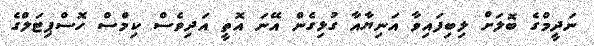
ނަދީމްގެ ބޮލަށް ލިބިފައިވާ އަނިޔާއާ ގުޅިގެން އޭނަ އޮތީ އަދިވެސް ކިމްސް ހޮސްޕިޓަލްގެ